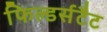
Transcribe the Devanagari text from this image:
फिल्डर्सटैट